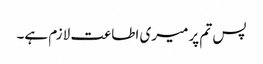
پس تم پر میری اطاعت لازم ہے۔